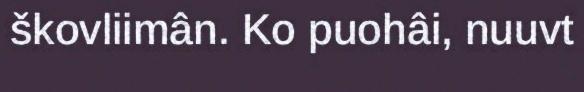
škovliimân. Ko puohâi, nuuvt